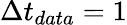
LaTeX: \Delta t_{data}=1